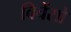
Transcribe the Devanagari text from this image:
विचेंसो